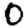
Digit: 0